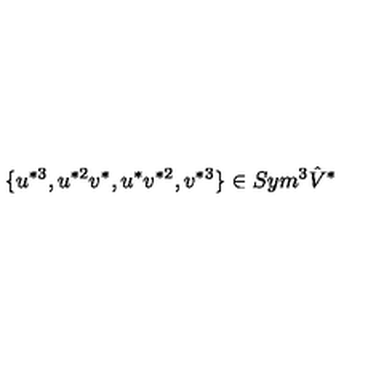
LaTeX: \{ u ^ { * 3 } , u ^ { * 2 } v ^ { * } , u ^ { * } v ^ { * 2 } , v ^ { * 3 } \} \in S y m ^ { 3 } \hat { V } ^ { * }